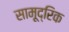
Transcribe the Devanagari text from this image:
सामूद्रिक